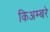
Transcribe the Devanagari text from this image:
किअम्बरे